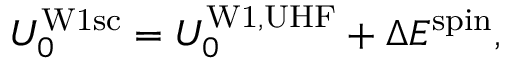
\begin{array} { r } { U _ { 0 } ^ { \mathrm { W 1 s c } } = U _ { 0 } ^ { \mathrm { W 1 , U H F } } + \Delta E ^ { \mathrm { s p i n } } , } \end{array}